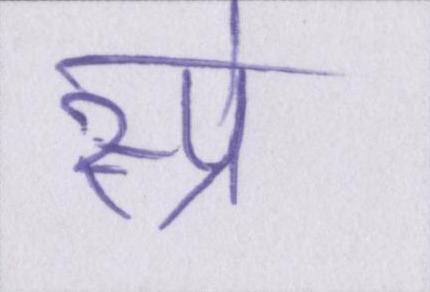
स्प्रे